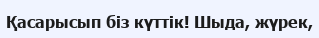
Қасарысып біз күттік! Шыда, жүрек,